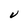
Character: V